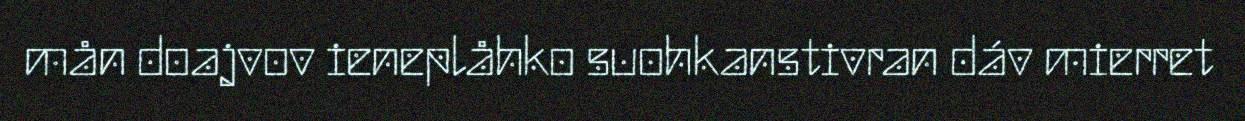
mån doajvov ieneplåhko suohkanstivran dáv mierret